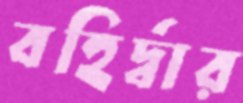
বহির্দ্বার